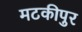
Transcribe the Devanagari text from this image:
मटकीपुर